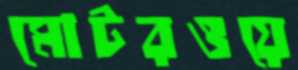
মোটরওয়ে